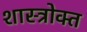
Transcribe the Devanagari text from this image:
शास्‍त्रोक्‍त